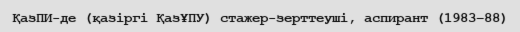
ҚазПИ-де (қазіргі ҚазҰПУ) стажер-зерттеуші, аспирант (1983–88)